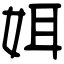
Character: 㛅